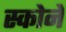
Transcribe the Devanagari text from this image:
स्कोने